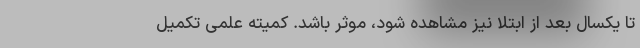
تا یکسال بعد از ابتلا نیز مشاهده شود، موثر باشد. کمیته علمی تکمیل